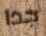
جدا